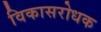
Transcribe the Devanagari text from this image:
विकासरोधक